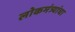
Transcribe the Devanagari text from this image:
लोकमंत्र्यांचा